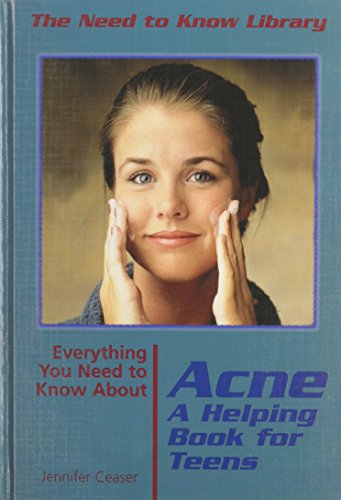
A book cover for Everything You Need to Know About Acne: A Helping Book for Teens (Need to Know Library); Jennifer Ceaser; Teen & Young Adult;